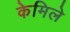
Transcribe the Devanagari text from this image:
केमिले